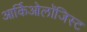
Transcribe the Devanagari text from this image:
आर्किओलॉजिस्ट